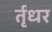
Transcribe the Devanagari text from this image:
र्तृधर